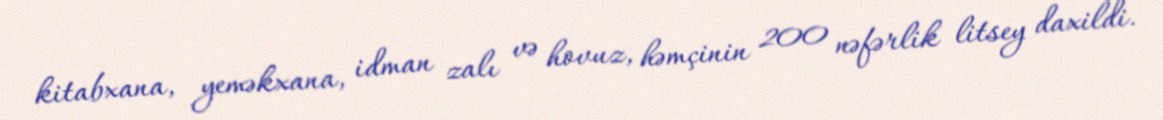
kitabxana, yeməkxana, idman zalı və hovuz, həmçinin 200 nəfərlik litsey daxildi.